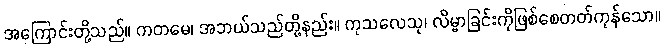
အကြောင်းတို့သည်။ ကတမေ၊ အဘယ်သည်တို့နည်း။ ကုသလေသု၊ လိမ္မာခြင်းကိုဖြစ်စေတတ်ကုန်သော။